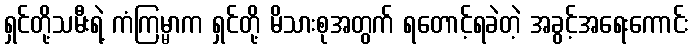
ရှင်တို့သမီးရဲ့ ကံကြမ္မာက ရှင်တို့ မိသားစုအတွက် ရတောင့်ရခဲတဲ့ အခွင့်အရေးကောင်း